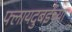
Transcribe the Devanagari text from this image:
फ्लायदुबईच्या